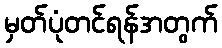
မှတ်ပုံတင်ရန်အတွက်